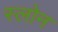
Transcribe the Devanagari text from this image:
स्‍लोन